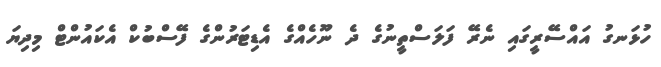
ހުޅަނގު އައްސޭރީގައި ނެރޭ ފަލަސްތީނުގެ ދެ ނޫހެއްގެ އެޑިޓަރުންގެ ފޭސްބުކް އެކައުންޓް މިދިޔަ